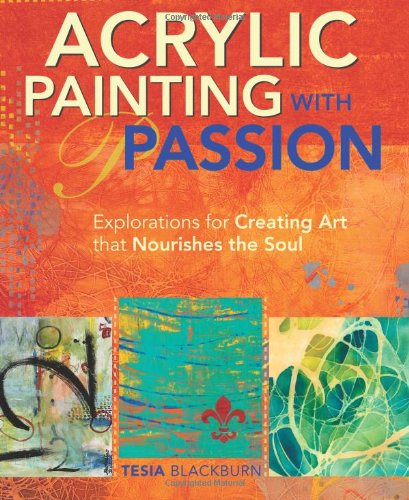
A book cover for Acrylic Painting with Passion: Explorations for Creating Art that Nourishes the Soul; Tesia Blackburn; Arts & Photography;